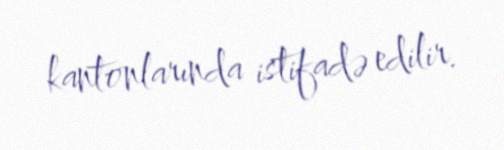
kantonlarında istifadə edilir.